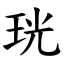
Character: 珖